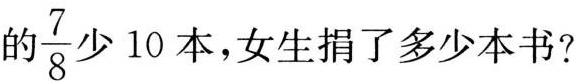
的 \frac{7}{8}少10本，女生捐了多少本书?